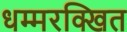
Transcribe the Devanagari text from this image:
धम्मरक्खित